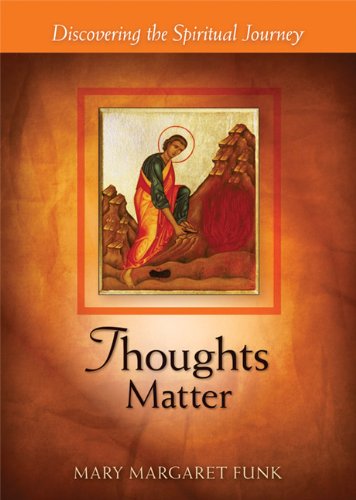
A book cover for Thoughts Matter: Discovering the Spiritual Journey (The Matters Series); Mary Margaret Funk OSB; Christian Books & Bibles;